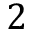
2